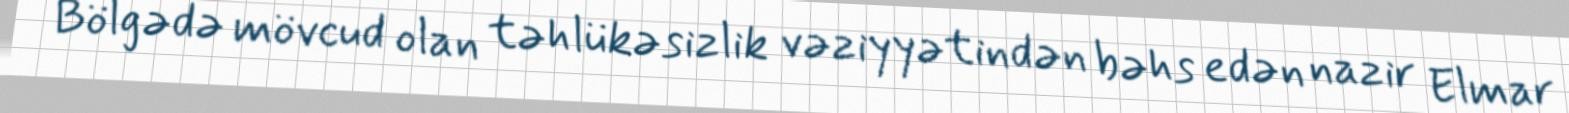
Bölgədə mövcud olan təhlükəsizlik vəziyyətindən bəhs edən nazir Elmar